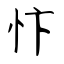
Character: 忭